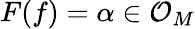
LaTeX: F(f)=\alpha\in{\mathcal{O}}_{M}